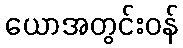
ယောအတွင်းဝန်